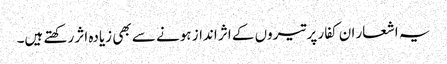
یہ اشعار ان کفار پر تیروں کے اثر انداز ہونے سے بھی زیادہ اثر رکھتے ہیں۔